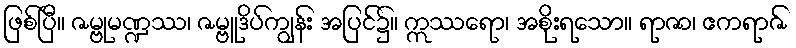
ဖြစ်ပြီ။ ဇမ္ဗုမဏ္ဍဿ၊ ဇမ္ဗူဒိပ်ကျွန်း အပြင်၌။ ဣဿရော၊ အစိုးရသော။ ရာဇာ၊ ဧကရာဇ်